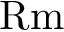
\mathrm { R m }